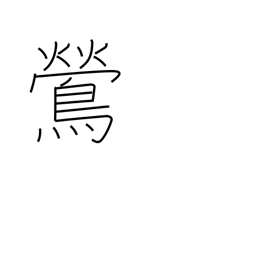
Meaning: nightingale